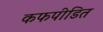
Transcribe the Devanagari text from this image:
कफपीडित